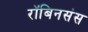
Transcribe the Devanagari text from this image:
रॉबिनसंस